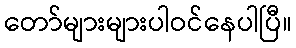
တော်များများပါဝင်နေပါပြီ။